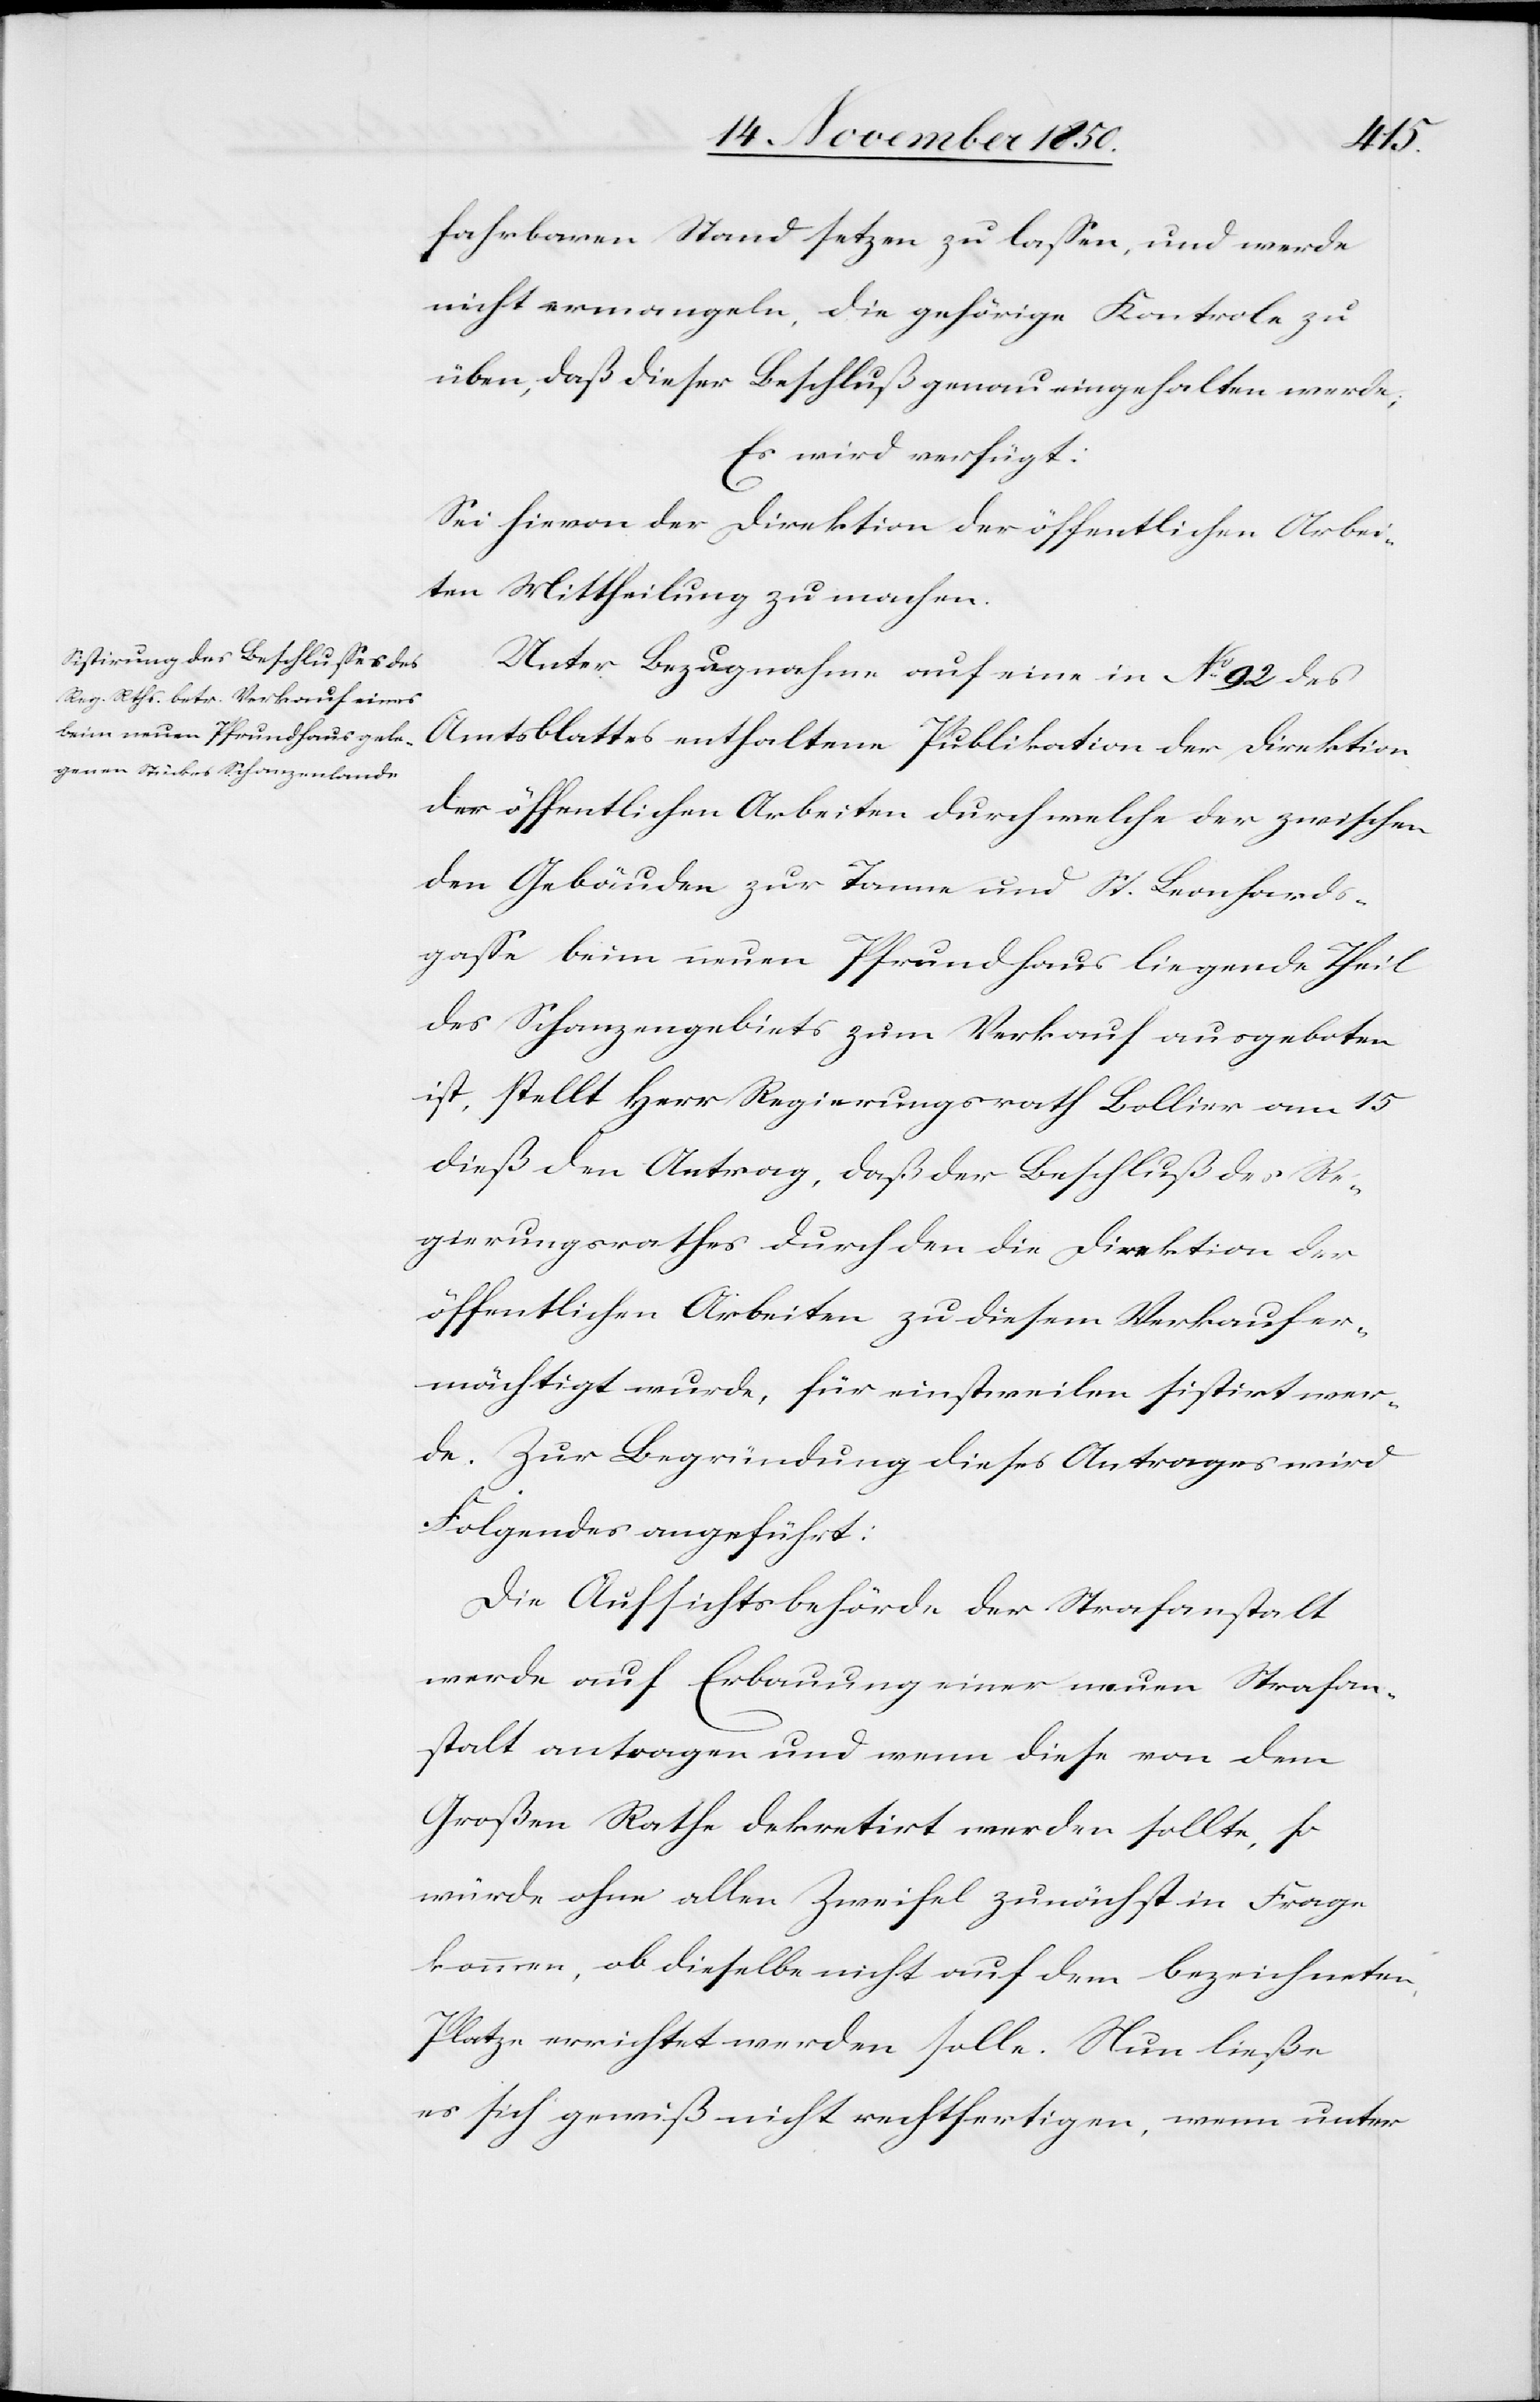
16 November 1850.]
fahrbaren Stand setzen zu lassen, und werde
nicht ermangeln, die gehörige Kontrole zu
üben, daß dieser Beschluß genau eingehalten werde;
Es wird verfügt:
Sei hievon der Direktion der öffentlichen Arbei¬
ten Mittheilung zu machen.
Unter Bezugnahme auf eine in No 92 des
Amtsblattes enthaltene Publikation der Direktion
der öffentlichen Arbeiten durch welche der zwischen
den Gebäuden zur Tanne und St. Leonhards¬
gasse beim neuen Pfrundhaus liegende Theil
des Schanzengebiets zum Verkauf ausgeboten
ist, stellt Herr Regierungsrath Bollier am 15
dieß den Antrag, daß der Beschluß des Re¬
gierungsrathes durch den die Direktion der
öffentlichen Arbeiten zu diesem Verkauf er¬
mächtigt wurde, für einstweilen sistirt wer¬
de. Zur Begründung dieses Antrages wird
Folgendes angeführt:
Die Aufsichtsbehörde der Strafanstalt
werde auf Erbauung einer neuen Strafan¬
stalt antragen und wenn diese von dem
Großen Rathe dekretirt werden sollte, so
würde ohne allen Zweifel zunächst in Frage
kommen, ob dieselbe nicht auf dem bezeichneten
Platze errichtet werden solle. Nun ließe
es sich gewiß nicht rechtfertigen, wenn unter